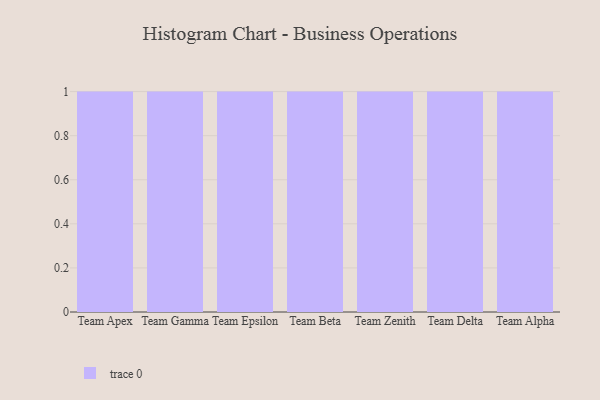
{"axis": {"x": "Team", "y": "Website Visitors"}, "legend": [""], "data": [{"x": "Team Apex", "y": 72, "type": ""}, {"x": "Team Gamma", "y": 55, "type": ""}, {"x": "Team Epsilon", "y": 39, "type": ""}, {"x": "Team Beta", "y": 19, "type": ""}, {"x": "Team Zenith", "y": 96, "type": ""}, {"x": "Team Delta", "y": 62, "type": ""}, {"x": "Team Alpha", "y": 39, "type": ""}]}